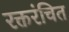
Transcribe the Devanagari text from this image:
रक्तरंचित